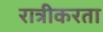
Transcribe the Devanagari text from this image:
रात्रीकरता